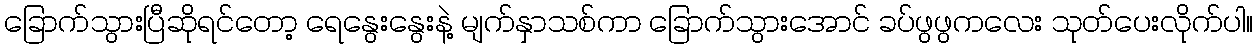
ခြောက်သွားပြီဆိုရင်တော့ ရေနွေးနွေးနဲ့ မျက်နှာသစ်ကာ ခြောက်သွားအောင် ခပ်ဖွဖွကလေး သုတ်ပေးလိုက်ပါ။